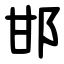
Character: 邯